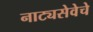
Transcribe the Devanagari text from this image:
नाट्यसेवेचे